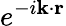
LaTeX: e^{-i\mathbf{k}\cdot\mathbf{r}}